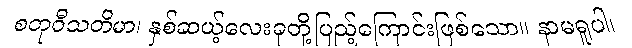
စတုဝီသတိမာ၊ နှစ်ဆယ့်လေးခုတို့ပြည့်ကြောင်းဖြစ်သော။ နာမရူပါ၊